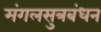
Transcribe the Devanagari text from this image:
मंगलसुत्रबंधन